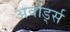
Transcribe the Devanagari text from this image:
अवोर्ड्स